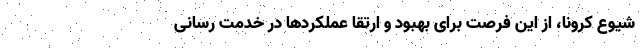
شیوع کرونا، از این فرصت برای بهبود و ارتقا عملکردها در خدمت رسانی